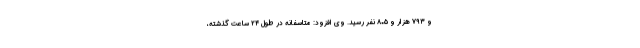
و ۷۹۳ هزار و ۸۰۵ نفر رسید. وی افزود: متاسفانه در طول ۲۴ ساعت گذشته،